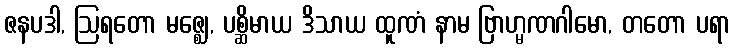
ဇနပဒါ, ဩရတော မဇ္ဈေ, ပစ္ဆိမာယ ဒိသာယ ထူဏံ နာမ ဗြာဟ္မဏဂါမော, တတော ပရာ